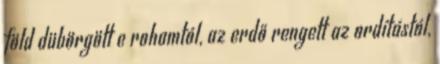
föld dübörgött e rohamtól, az erdő rengett az ordítástól,